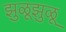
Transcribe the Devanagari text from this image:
झुळूझुळू